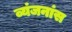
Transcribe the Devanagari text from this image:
व्यंजनांस